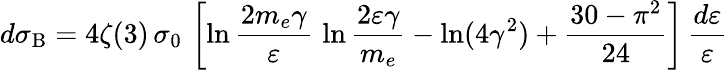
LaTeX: d\sigma_{\mathrm{B}}=4\zeta(3)\, \sigma_{0}\, \left[\ln{\frac{2m_{e}\gamma}{\varepsilon}}\, \ln{\frac{2\varepsilon\gamma}{m_{e}}}-\ln(4\gamma^{2})+\frac{30-\pi^{2}}{24}\right]\, {\frac{d\varepsilon}{\varepsilon}}